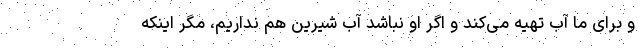
و برای ما آب تهیه می‌کند و اگر او نباشد آب شیرین هم نداریم، مگر اینکه